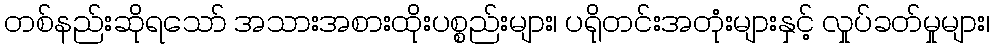
တစ်နည်းဆိုရသော် အသားအစားထိုးပစ္စည်းများ၊ ပရိုတင်းအတုံးများနှင့် လှုပ်ခတ်မှုများ၊